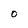
Character: O